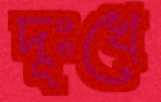
দূঃখে